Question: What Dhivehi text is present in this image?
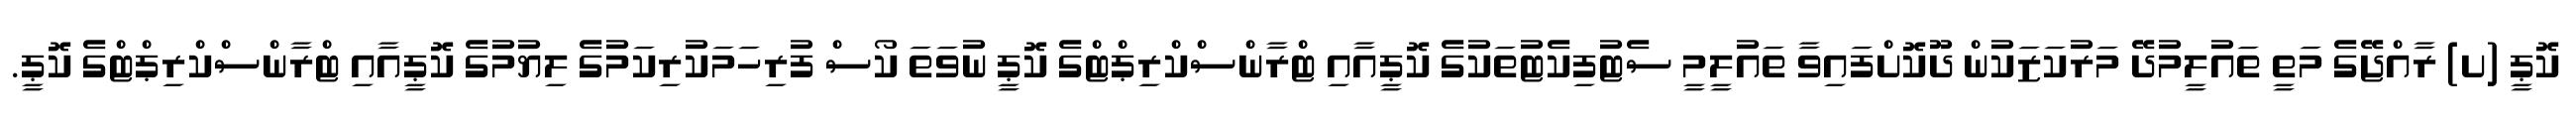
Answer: ކޮޕީ (ށ) ރާއްޖޭގެ މަތީ ތައުލީމުދޭ މަރުކަޒަކުން ދޫކޮށްފައިވާ ތައުލީމީ ސެޓުފިކެޓުތަކުގެ ކޮޕީއާއި ޓްރާންސްކްރިޕްޓްގެ ކޮޕީ ނުވަތަ ކޯސް ފުރިހަމަކުރިކަމުގެ ލިޔުމުގެ ކޮޕީއާއި ޓްރާންސްކްރިޕްޓްގެ ކޮޕީ.